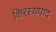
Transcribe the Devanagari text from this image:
शिरस्यपाद